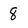
Character: 8